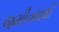
જમીનમાથી